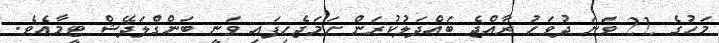
މަހުގެ 22 ވަނަ ދުވަހު ރާއްޖެ ބައްދަލުކުރަން ހަމަޖެހިފައި ވަނީ ބަންގްލަދޭޝް ޓީމާއެވެ.